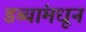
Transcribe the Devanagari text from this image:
डब्यांमधून